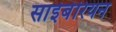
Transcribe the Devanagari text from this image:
साईबेरियन